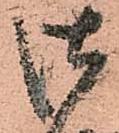
御